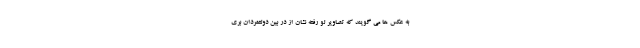
به عکس ها می گویند که تصاویر لو رفته نشان از در بین دولتمردان بری